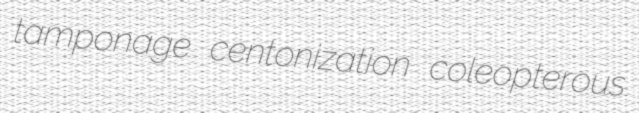
tamponage centonization coleopterous